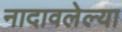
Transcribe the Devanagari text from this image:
नादावलेल्या